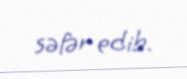
səfər edib.